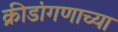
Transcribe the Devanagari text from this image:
क्रीडांगणाच्या